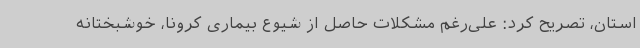
استان، تصریح کرد: علی‌رغم مشکلات حاصل از شیوع بیماری کرونا، خوشبختانه